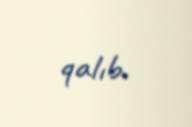
qalıb.